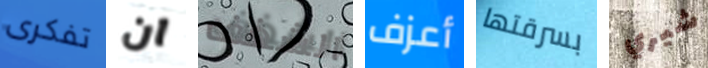
تفكرى ان الشغف أعزف بسرقتها شيري